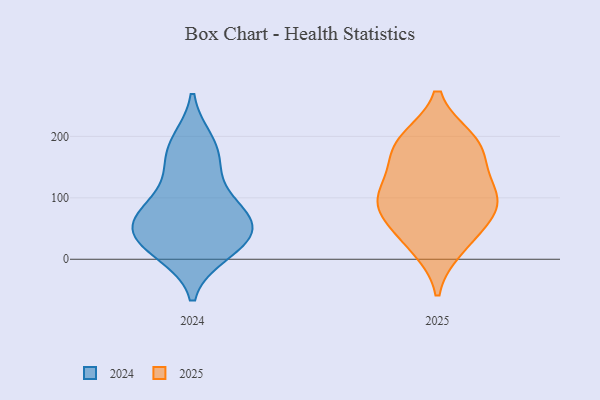
{"axis": {"x": "Revenue (USD Million)", "y": "Value"}, "legend": ["2024", "2025"], "data": [{"x": "", "y": 189, "type": "2024"}, {"x": "", "y": 145, "type": "2024"}, {"x": "", "y": 87, "type": "2024"}, {"x": "", "y": 28, "type": "2024"}, {"x": "", "y": 46, "type": "2024"}, {"x": "", "y": 175, "type": "2024"}, {"x": "", "y": 54, "type": "2024"}, {"x": "", "y": 13, "type": "2024"}, {"x": "", "y": 26, "type": "2024"}, {"x": "", "y": 67, "type": "2024"}, {"x": "", "y": 80, "type": "2024"}, {"x": "", "y": 155, "type": "2025"}, {"x": "", "y": 112, "type": "2025"}, {"x": "", "y": 101, "type": "2025"}, {"x": "", "y": 194, "type": "2025"}, {"x": "", "y": 37, "type": "2025"}, {"x": "", "y": 73, "type": "2025"}, {"x": "", "y": 97, "type": "2025"}, {"x": "", "y": 192, "type": "2025"}, {"x": "", "y": 180, "type": "2025"}, {"x": "", "y": 85, "type": "2025"}, {"x": "", "y": 20, "type": "2025"}]}